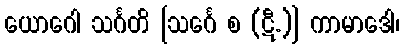
ယောဂေါ သင်္ဂတိ [သင်္ဂေ စ (ဋီ.)] ကာမာဒေါ၊